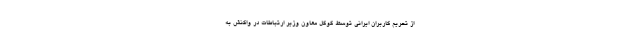
از تحریم کاربران ایرانی توسط گوگل معاون وزیر ارتباطات در واکنش به